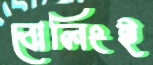
বোলিংই